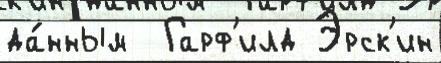
да́нным  Гарф'илд Эрск'ин